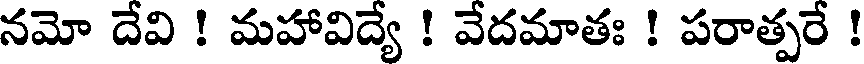
నమో దేవి ! మహావిద్యే ! వేదమాతః ! పరాత్పరే !